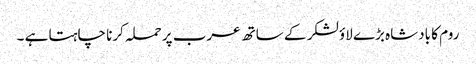
روم کا بادشاہ بڑے لاؤ لشکر کے ساتھ عرب پر حملہ کرنا چاہتا ہے ۔